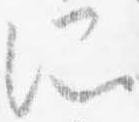
所